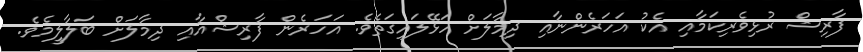
ފާރިޝް ރުޅިވެރިކަމާއި އެކު އަހަރެންނާއި ދިމާލަށް ހަޅޭލައިގަތެވެ. އަހަރެން ފާރިޝްއާއި ދިމާލަށް ބަލާލީމެވެ.